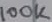
Text: 100K